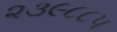
૨૩૯૮૮૫